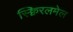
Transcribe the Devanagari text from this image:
स्क्विरलमेल